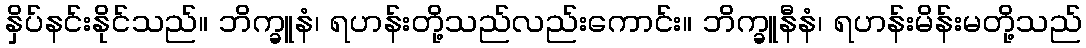
နှိပ်နင်းနိုင်သည်။ ဘိက္ခူနံ၊ ရဟန်းတို့သည်လည်းကောင်း။ ဘိက္ခူနီနံ၊ ရဟန်းမိန်းမတို့သည်